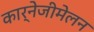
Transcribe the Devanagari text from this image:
कार्नेजीमेलन